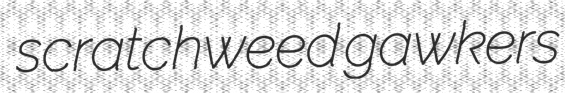
scratchweed gawkers